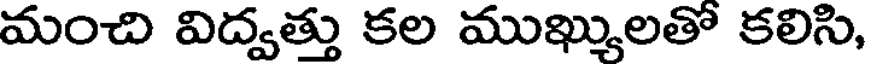
మంచి విద్వత్తు కల ముఖ్యులతో కలిసి,